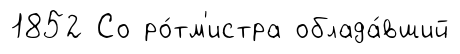
1852 Со ро́тм'истра облада́вший